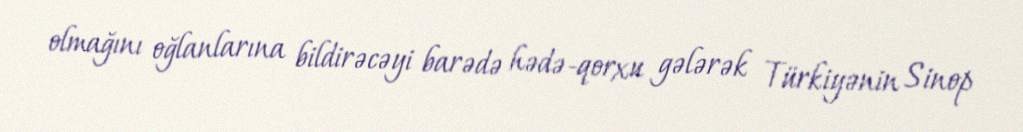
olmağını oğlanlarına bildirəcəyi barədə hədə-qorxu gələrək Türkiyənin Sinop